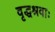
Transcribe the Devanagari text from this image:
वृद्धश्रवाः